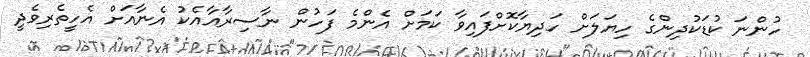
ހުންނަ ކުޑަކުދިންގެ ހިޔަލަށް ހަދިޔާކޮށްފައިވާ ކަމަށް އެންމެ ފަހުން ނާސިރާއާއެކު އެނާއަށް އެހީތެރިވެދީ